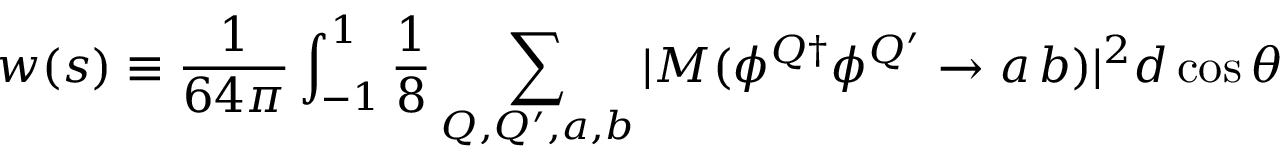
w ( s ) \equiv { \frac { 1 } { 6 4 \pi } } \int _ { - 1 } ^ { 1 } { \frac { 1 } { 8 } } \sum _ { Q , Q ^ { \prime } , a , b } | { { \cal M } ( \phi ^ { Q \dagger } \phi ^ { Q ^ { \prime } } \rightarrow a \, b ) } | ^ { 2 } d \cos \theta